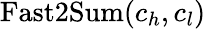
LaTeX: \mathrm{Fast2Sum}(c_{h},c_{l})